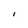
Character: I